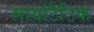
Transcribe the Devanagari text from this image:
मायोटैटिक